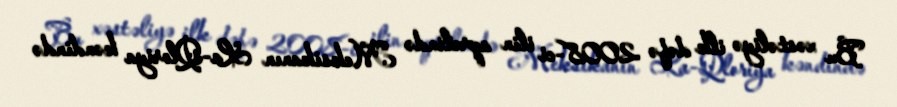
Bu xəstəliyə ilk dəfə 2008-ci ilin aprelində Meksikanın La-Qloriya kəndində